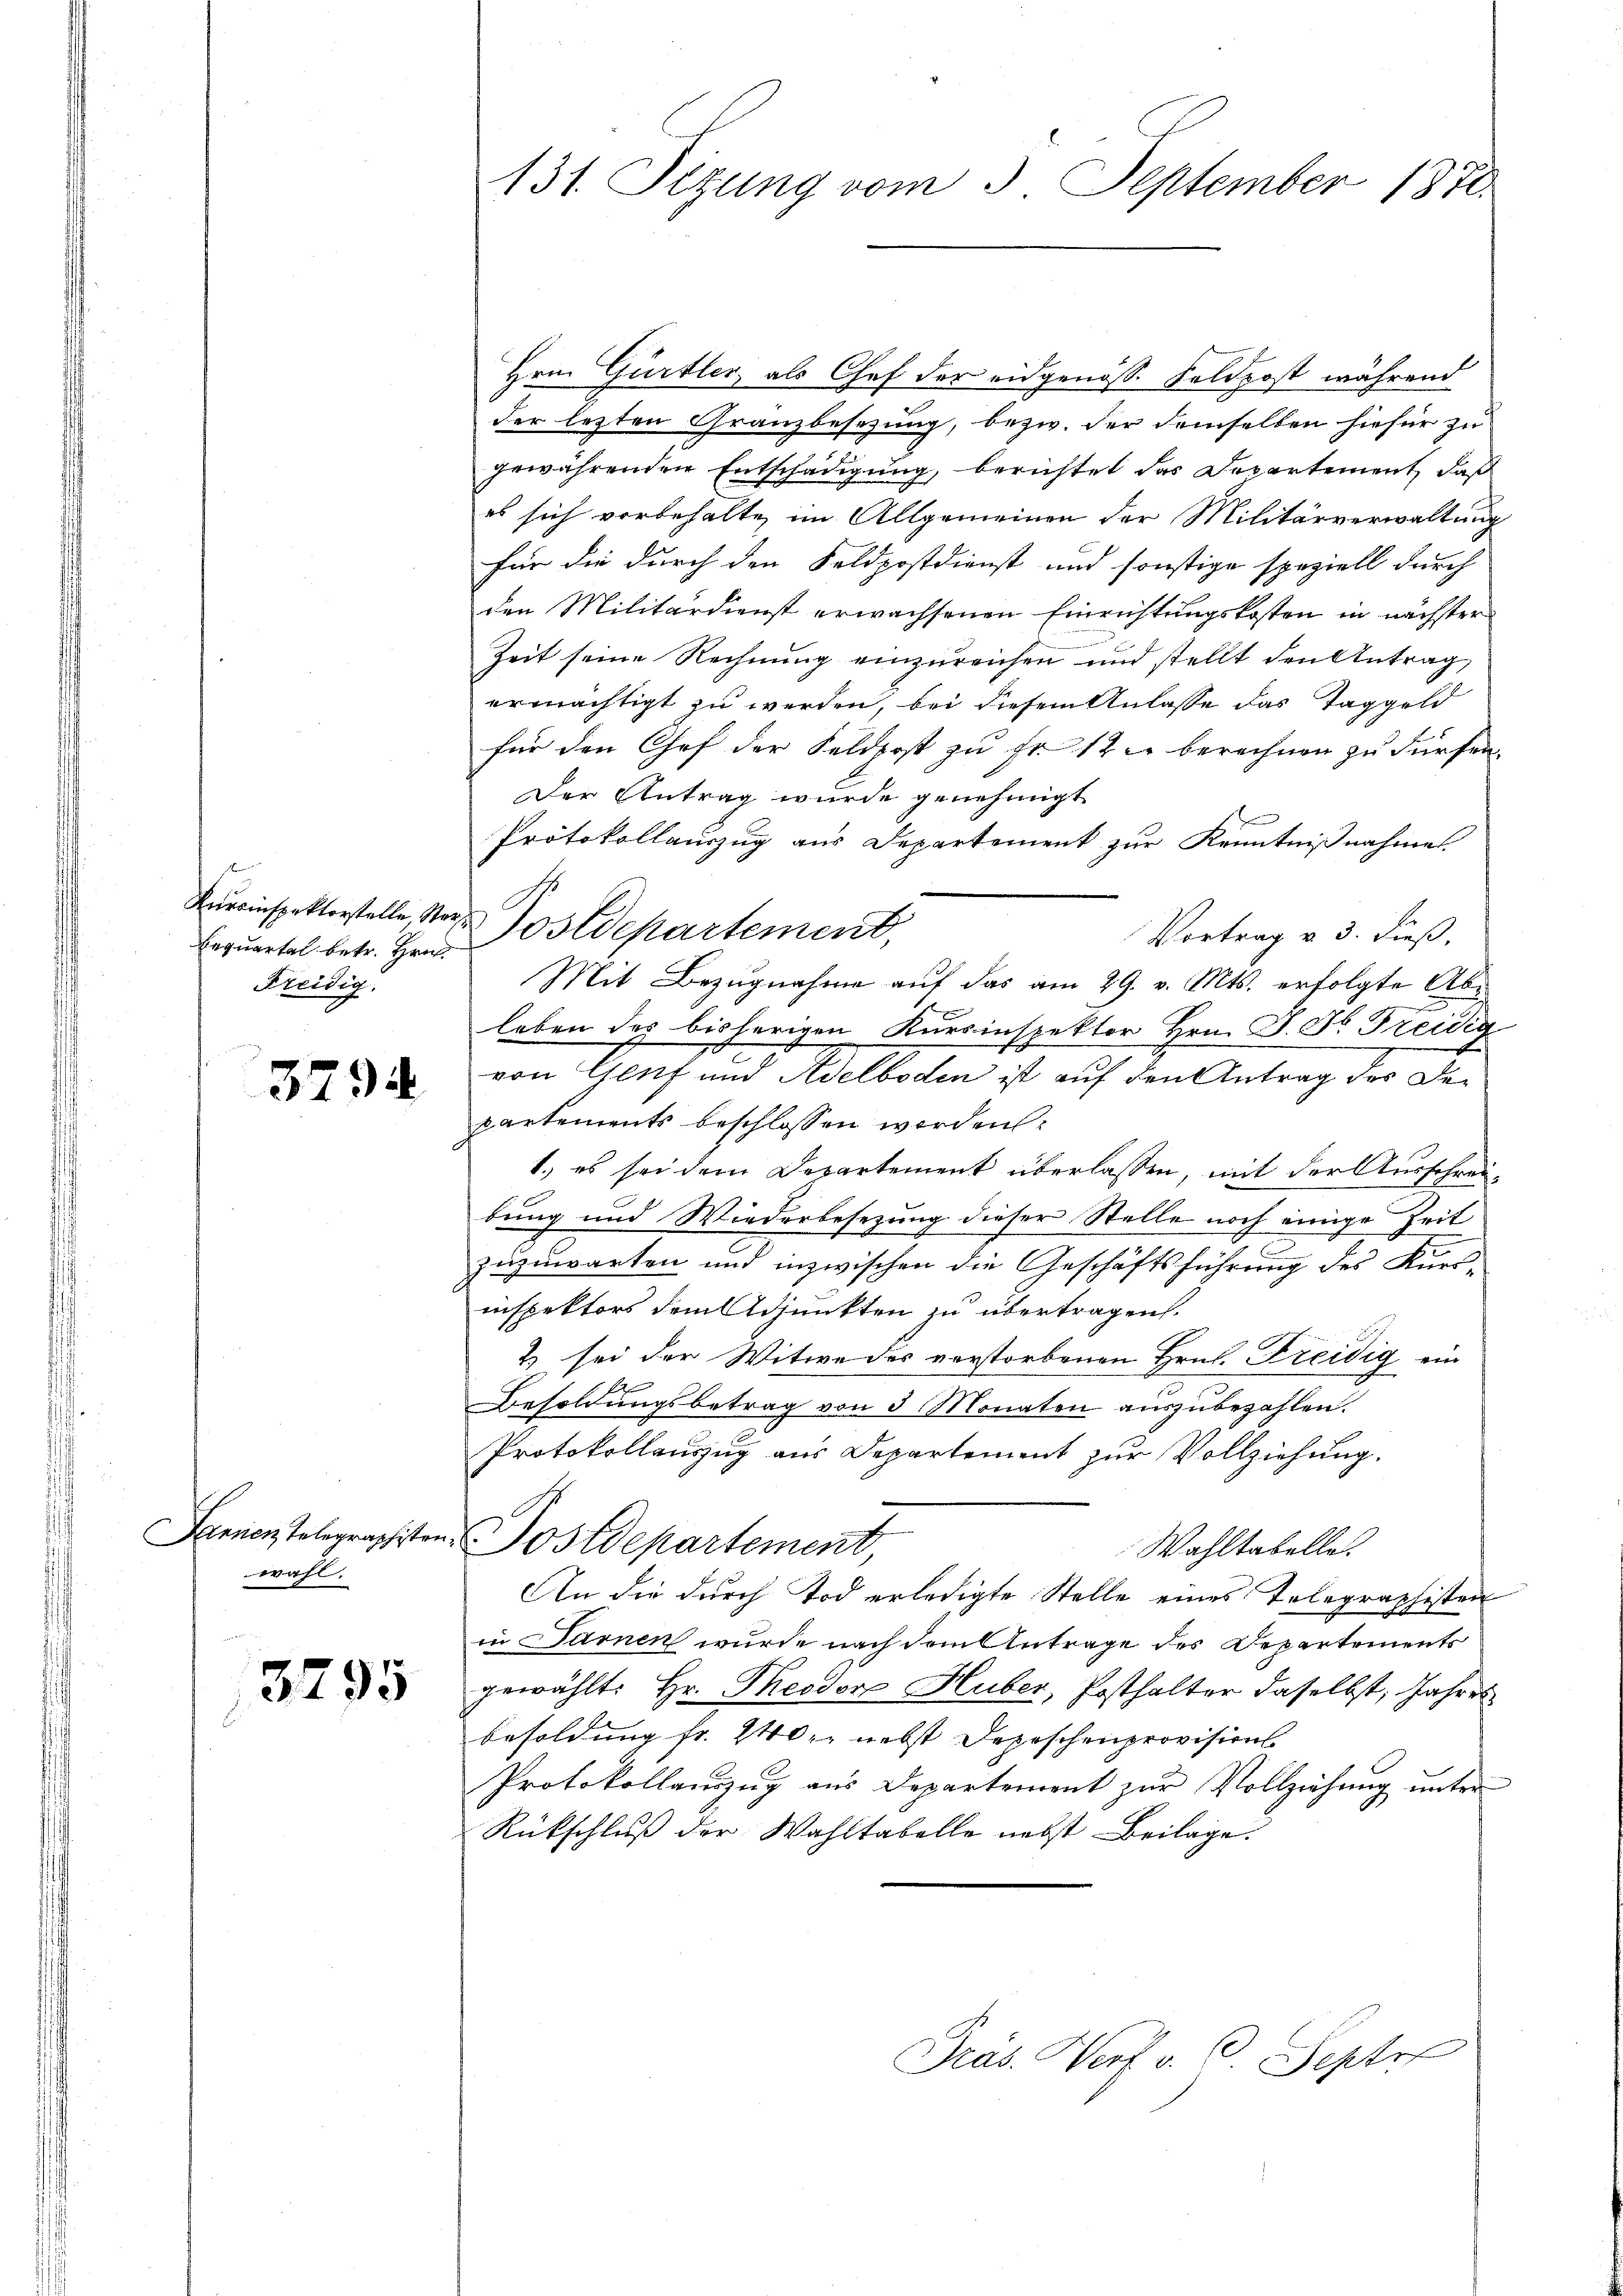
Kurcinspektorstelle Ster¬
Bequartal betr. Hrn.
Freidig.

3794

Jennen Telegraphister
wahl.

3795

131. Sizung vom 3. September 1870.

Hrn. Gürtler, als Chef der eidgenöss. Feldpost während
der lezten Granzbesezung, bezw. der demselben hiefür zu
gewährenden Entschädigung, berichtet das Departement, daß
es sich vorbehalte, im Allgemeinen der Militärverwaltung
für die durch den Feldpostdienst und sonstige speziell durch
den Militärdienst erwachsenen Einrichtungskosten in nächster
Zeit seine Rechnung einzureichen und stellt den Antrag,
ermächtigt zu werden, bei diesem Anlasse das Taggeld
für den Chef der Feldpost zu Fr. 12 u. berechnen zu dürfen.
Der Antrag wurde genehmigt
Protokollauszug aus Departement zur Kenntnißnahme.
Postdepartement,
Vortrag v. 3. dieß.
Mit Bezugnahme auf das am 29. v. Mts. erfolgte Abe
leben des bisherigen Kursinspektor Hrn. J. Dr. Freidig
von Genf und Adelboden ist auf den Antrag des Departements beschlossen worden:
1.) es sei dem Departement überlassen, mit der Ausschreibung und Wiederbesezung dieser Stelle noch einige Zeit
zuzuwarten und inzwischen die Geschäftsführung des Kursinspektors dem Adjunkten zu übertragen.
& sei der Witwe des verstorbenen Hrn. Freidig ein
Besoldŭngsbetrag von 3 Monaten aŭszŭbezahlen.
Protokollauszug aus Departement zur Vollziehung.
Postdepartement,
Wahltabelle.
An die durch Tod erledigte Stelle eines Telegraphisten
in Sarnen wurde nach dem Antrage des Departements
gewählt: Hr. Theodor Huber, Posthalter daselbst, Jahres
besoldung fr. 240. nebst Depeschenprovisions-
Protokollauszug aus Departement zur Vollziehung unter
Rückschluß der Wahltabelle nebst Beilage.
Präs. Wert v. C. Septe